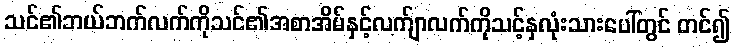
သင်၏ဘယ်ဘက်လက်ကိုသင်၏အစာအိမ်နှင့်လက်ျာလက်ကိုသင့်နှလုံးသားပေါ်တွင် တင်၍